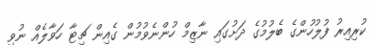
ކުރިއިރު ފުލުހުންގެ ބެލުމުގެ ދަށުގައި ނާޒިމް ހުންނެވުމުން ގެއިން ޗިޓާ ހަވާލެއް ނުވި